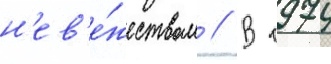
н'ев'е́жеством // В 1974